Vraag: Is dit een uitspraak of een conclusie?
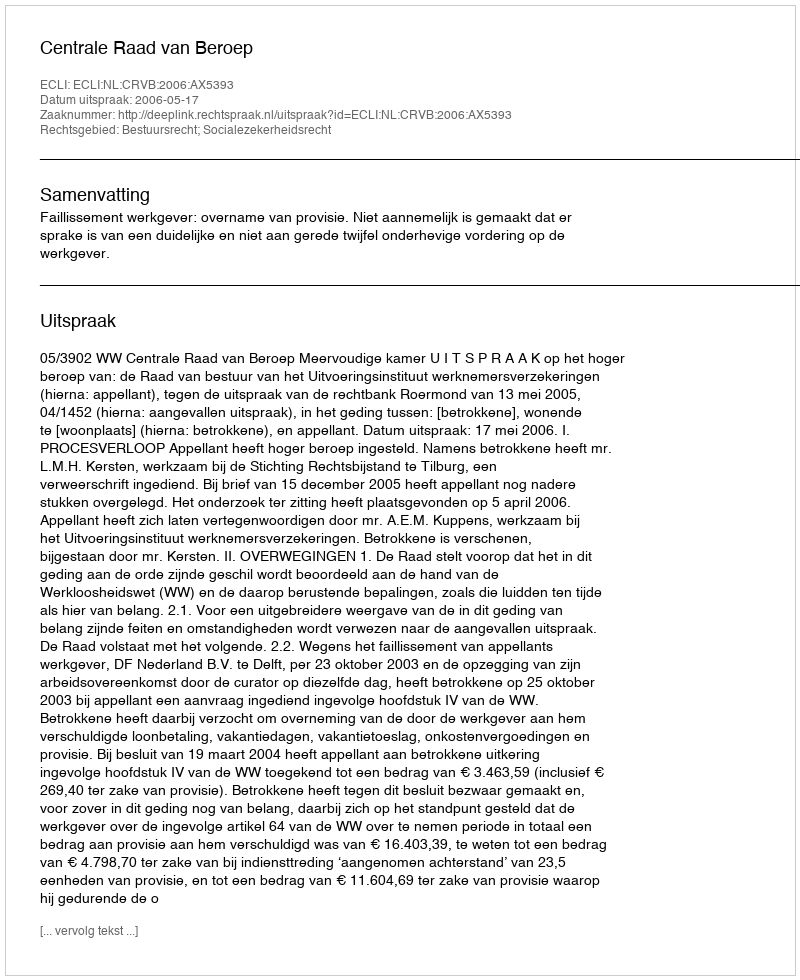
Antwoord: Uitspraak